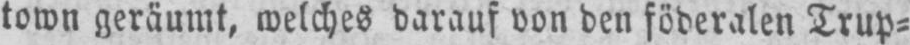
town geräumt, welches darauf von den föderalen Trup⸗